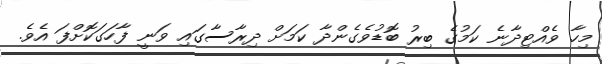
މިހާ ވެއްޓިދާނެ ކަމުގެ ބިރު ބޮޑުވެގެންދާ ކަމަށް ދިރާސާގައި ވަނީ ފާހަގަކޮށްފަ އެވެ.